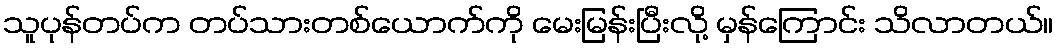
သူပုန်တပ်က တပ်သားတစ်ယောက်ကို မေးမြန်းပြီးလို့ မှန်ကြောင်း သိလာတယ်။